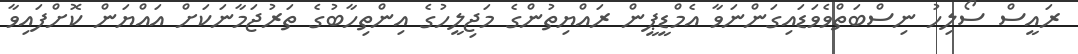
ރައީސް ސޯލިހު ނިސްބަތްވެވަޑައިގަންނަވާ އެމްޑީޕީން ރައްޔިތުންގެ މަޖިލީހުގެ އިންތިހާބުގެ ތަރުޖަމާނަކަށް އައްޔަން ކޮށްފައިވާ